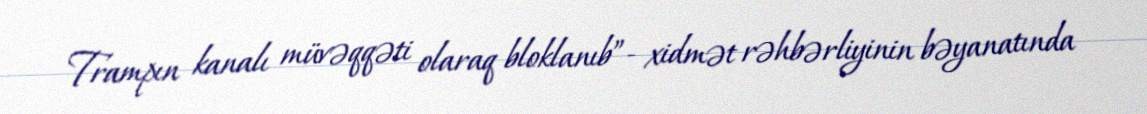
Trampın kanalı müvəqqəti olaraq bloklanıb”- xidmət rəhbərliyinin bəyanatında